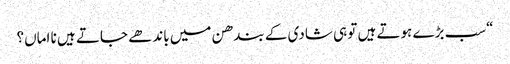
“سب بڑے ہوتے ہیں تو ہی شادی کے بندھن میں باندھے جاتے ہیں نا اماں؟